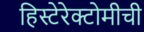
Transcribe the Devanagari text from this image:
हिस्टेरेक्टोमीची